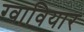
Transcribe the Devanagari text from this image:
ग्वावियार